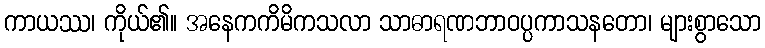
ကာယဿ၊ ကိုယ်၏။ အနေကကိမိကသလာ သာဓာရဏဘာဝပ္ပကာသနတော၊ များစွာသော